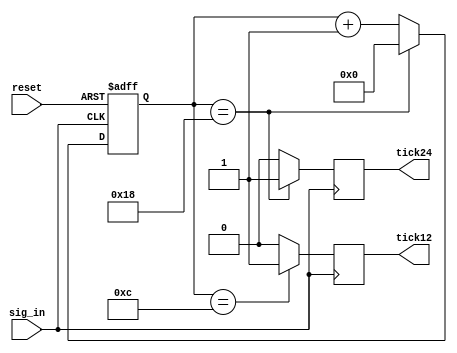
`timescale 1ns / 1ps

// LiDAR data receiver counter32 
// Produces enabling signals for oversampler and shift reg
// Authored by David J Marion

module counter32(
    input sig_in,       // Synchronous clock input
    input reset,        // Asynchronous system reset
    output reg tick12,  // Enable oversampler data capture
    output reg tick24   // Enable data shift from oversampler to shift_reg376
    );
    
    reg [4:0] counter;  // 5-bit register 
    
    always @(posedge sig_in or posedge reset) begin
        if(reset)
            counter <= 5'b0_0000;
        else if(counter == 5'b1_1000)   //24
            counter <= 5'b0_0000;
        else
            counter <= counter + 1;
    end
    
    always @(posedge sig_in) begin
        if(counter == 5'b0_1100)        //12
            tick12 <= 1'b1;
        else
            tick12 <= 1'b0;
    end
    
    always @(posedge sig_in) begin
        if(counter == 5'b1_1000)        //24
            tick24 <= 1'b1;
        else
            tick24 <= 1'b0;
    end

endmodule